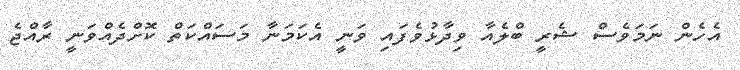
އެހެން ނަމަވެސް ޝެރީ ބްލެއާ ވިދާޅުވެފައި ވަނީ އެކަމަނާ މަސައްކަތް ކޮށްދެއްވަނީ ރާއްޖެ